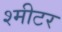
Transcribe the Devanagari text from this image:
श्मीटर